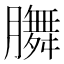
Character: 𭩐